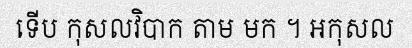
ទើប កុសលវិបាក តាម មក ។ អកុសល